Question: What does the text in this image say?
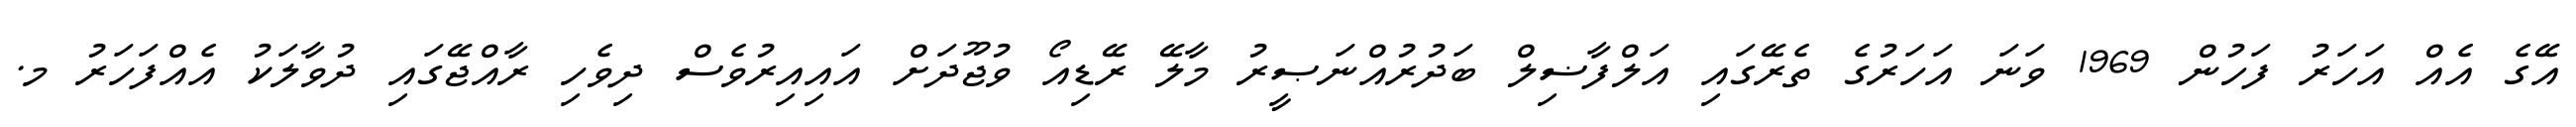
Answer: އޭގެ އެއް އަހަރު ފަހުން 1969 ވަނަ އަހަރުގެ ތެރޭގައި އަލްފާޟިލް ބަދުރުއްނަޞީރު މާލޭ ރޭޑިއޯ ވުޖޫދަށް އައިއިރުވެސް ދިވެހި ރާއްޖޭގައި ދުވާލަކު އެއްފަހަރު މ.